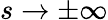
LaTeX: s\to\pm\infty